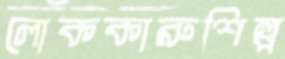
লোককারুশিল্প